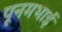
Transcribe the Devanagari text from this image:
पूनमभाई